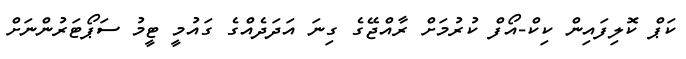
ކަޕް ކޮލިފައިން ކިކް-އޯފް ކުރުމަށް ރާއްޖޭގެ ގިނަ އަދަދެއްގެ ގައުމީ ޓީމު ސަޕޯޓަރުންނަށް